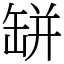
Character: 缾